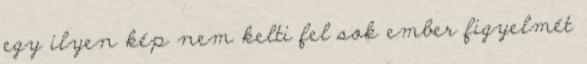
egy ilyen kép nem kelti fel sok ember figyelmét